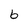
Character: 6